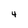
Character: 4